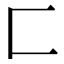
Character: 匚